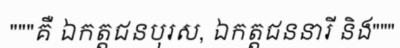
"""គឺ ឯកត្តជនបុរស, ឯកត្តជននារី និង"""